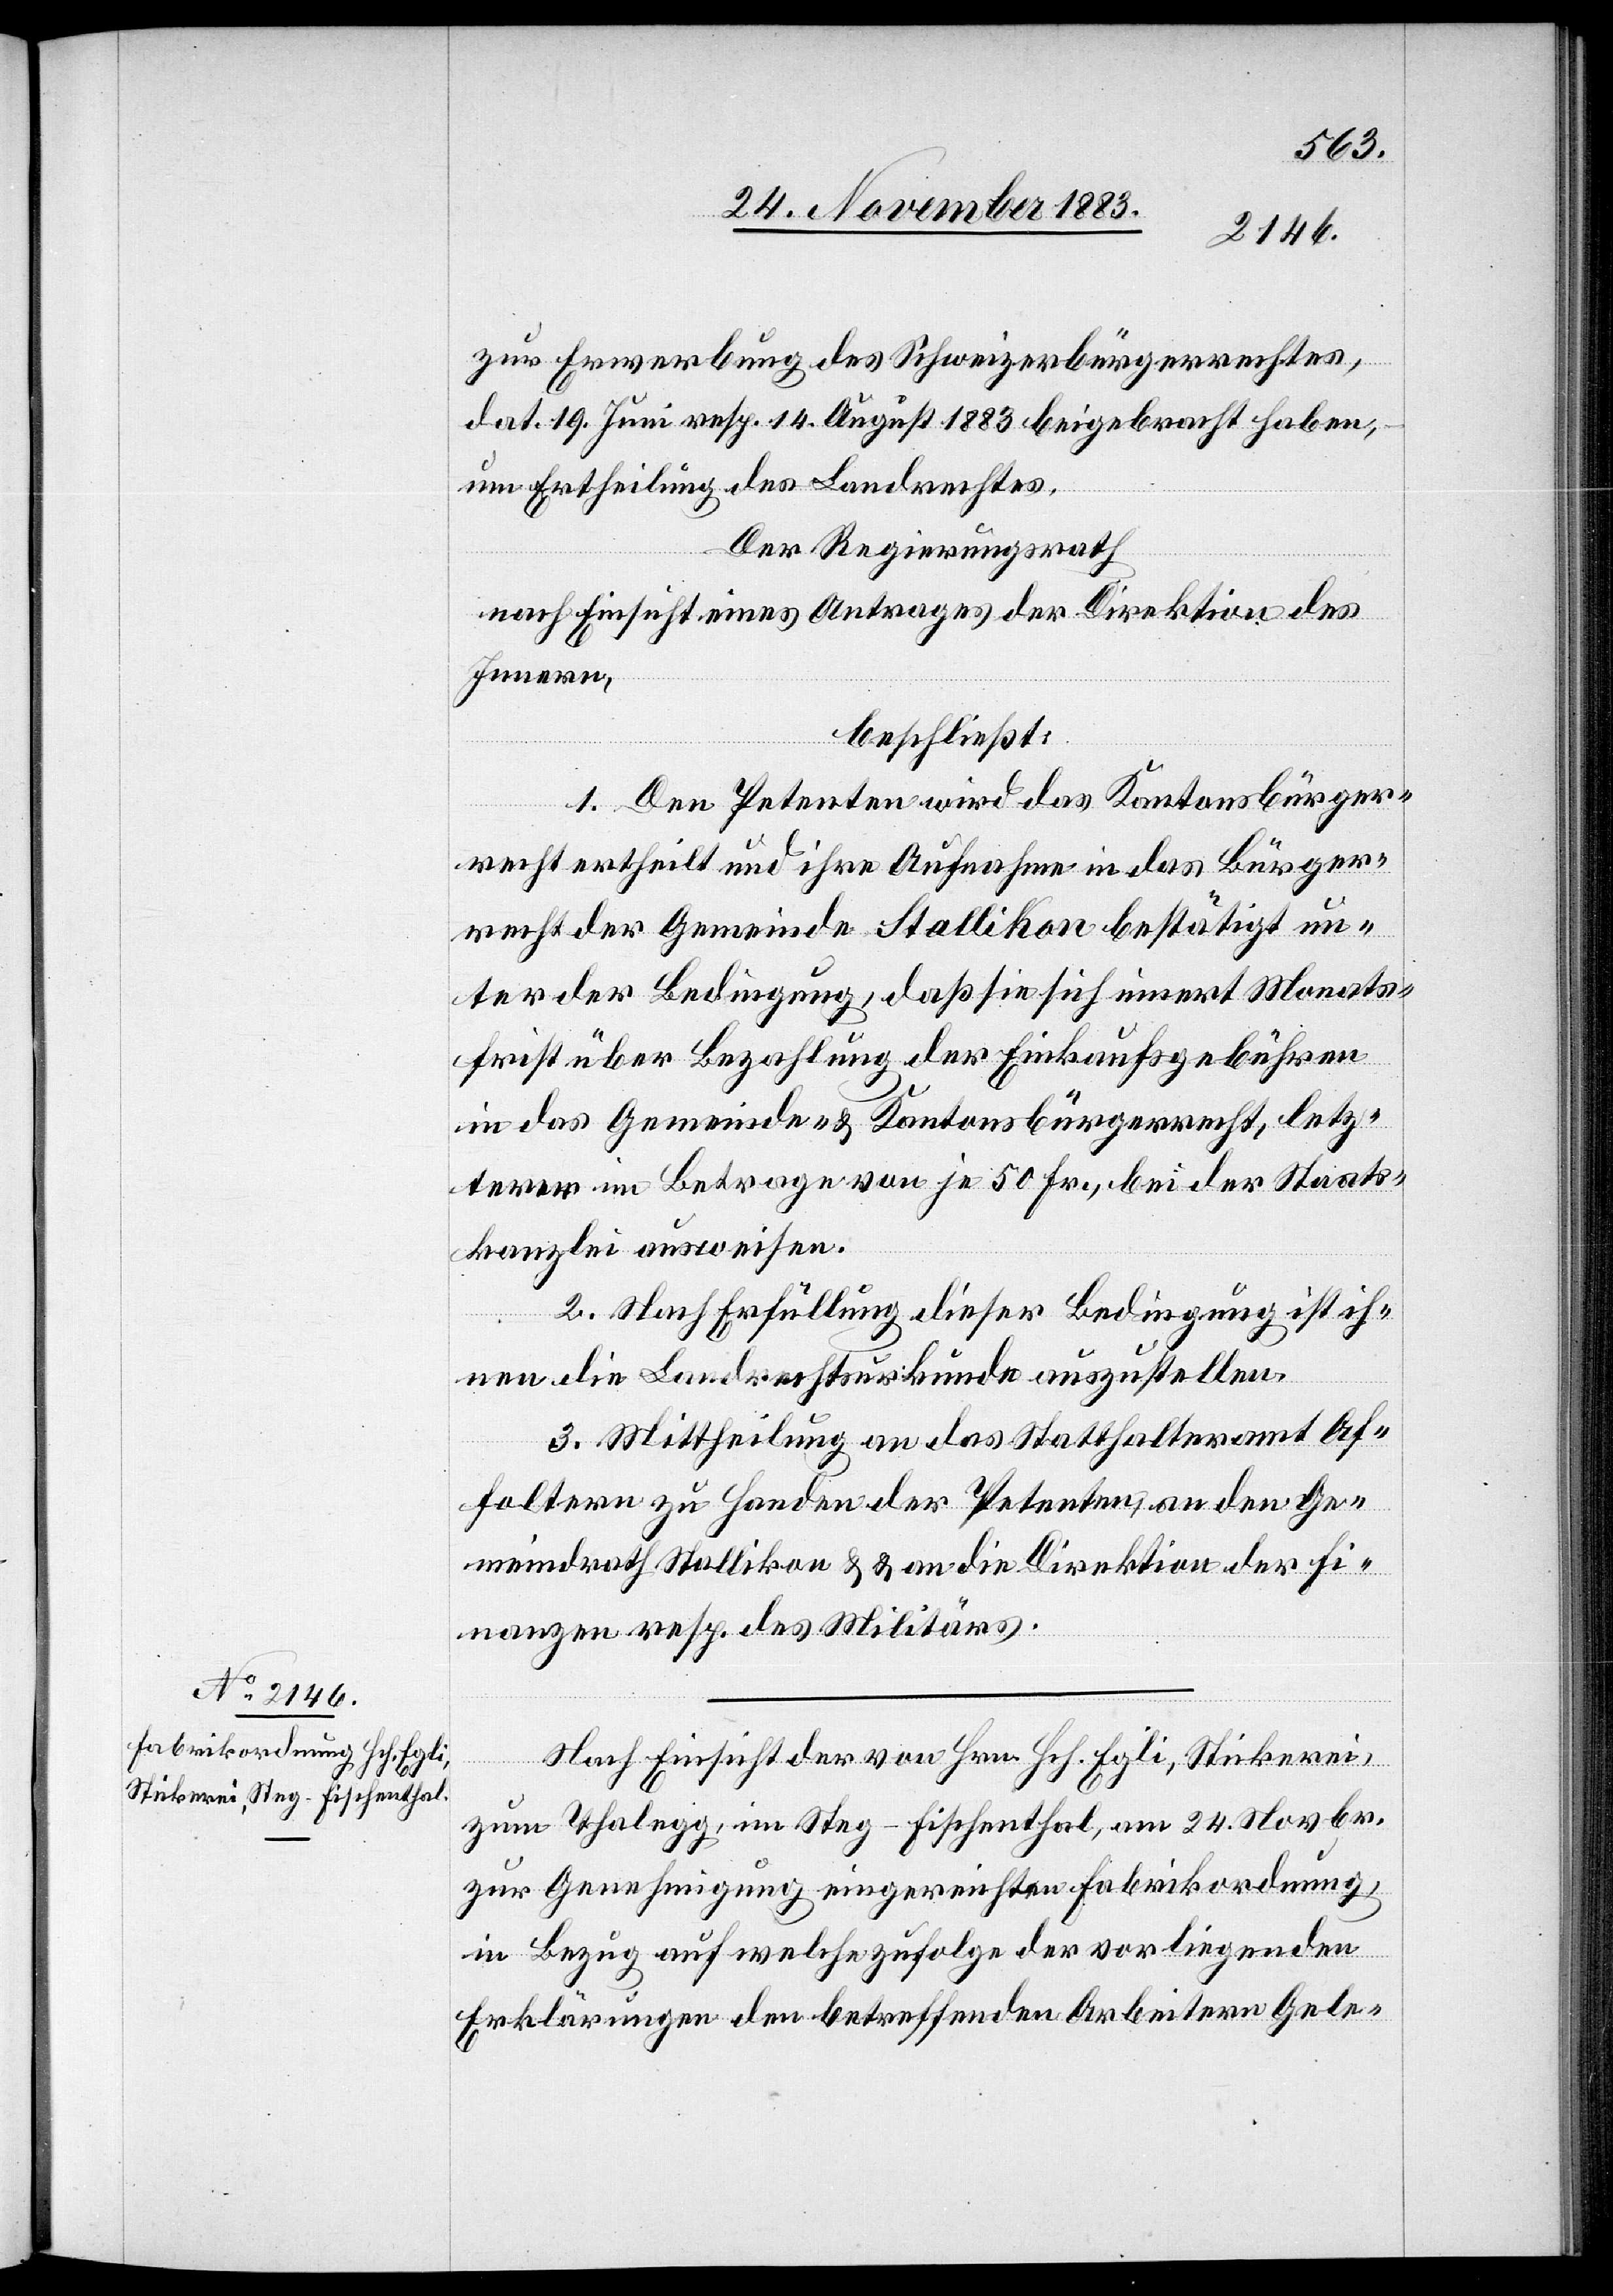
zur Erwerbung des Schweizerbürgerrechtes,
dat. 19. Juni resp. 14. August 1883 beigebracht haben,
um Ertheilung des Landrechtes.
Der Regierungsrath
nach Einsicht eines Antrages der Direktion des
Innern,
beschließt:
1. Den Petenten wird das Kantonsbürger¬
recht ertheilt und ihre Aufnahme in das Bürger¬
recht der Gemeinde Stallikon bestätigt un¬
ter der Bedingung, daß sie sich innert Monats¬
frist über Bezahlung der Einkaufsgebühren
in das Gemeinde- & Kantonsbürgerrecht, letz¬
tere im Betrage von je 50 Fr., bei der Staats¬
kanzlei ausweisen.
2. Nach Erfüllung dieser Bedingung ist ih¬
nen die Landrechtskurkunde auszustellen.
3. Mittheilung an das Statthalteramt Af¬
foltern zu Handen der Petenten, an den Ge¬
meindrath Stallikon & an die Direktion der Fi¬
nanzen resp. des Militärs.
Nach Einsicht der von Hrn. Hch. Egli, Stickerei,
zum Thalegg, im Steg - Fischenthal, am 24. Novbr.
zur Genehmigung eingereichten Fabrikordnung,
in Bezug auf welche zufolge der vorliegenden
Erklärungen den betreffenden Arbeitern Gele-